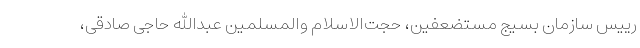
رییس سازمان بسیج مستضعفین، حجت‌الاسلام والمسلمین عبدالله حاجی صادقی،